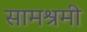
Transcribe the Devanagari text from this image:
सामश्रमी